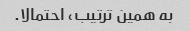
به همین ترتیب، احتمالا.